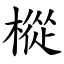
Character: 樅